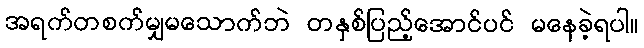
အရက်တစက်မျှမသောက်ဘဲ တနှစ်ပြည့်အောင်ပင် မနေခဲ့ရပါ။